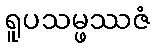
ရူပသမ္ဖဿဇံ